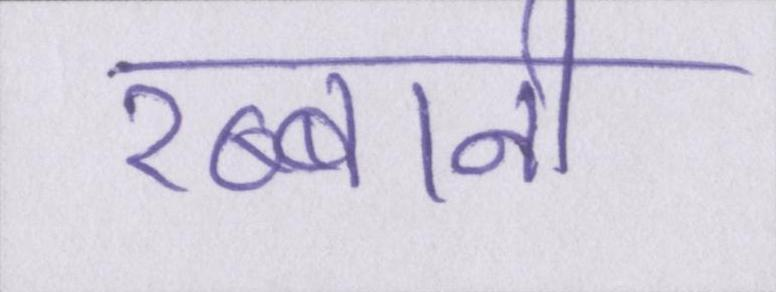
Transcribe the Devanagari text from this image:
रब्बानी